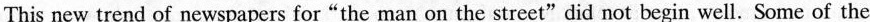
This new trend of newspapers for “the man on the street"did not begin well. Some of the